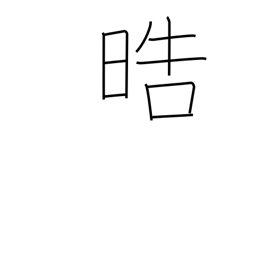
Meaning: pure